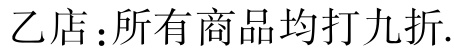
乙店：所有商品均打九折.